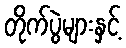
တိုက်ပွဲများနှင့်